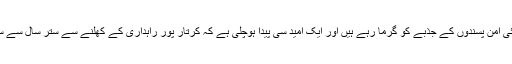
28نومبر کونوجوت سنگھ سدھو کے یہ پرجوش اشعار اس وقت کئی امن پسندوں کے جذبے کو گرما رہے ہیں اور ایک امید سی پیدا ہوچلی ہے کہ کرتار پور راہداری کے کھلنے سے ستر سال سے سرحدوں پر پھیلے تناؤ کو کم کرنے میں خاطر خواہ مدد ملے گی ۔